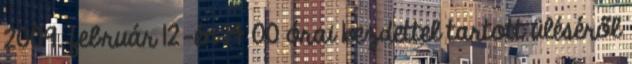
2009. február 12-én 14 00 órai kezdettel tartott üléséről